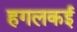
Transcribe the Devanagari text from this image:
हगलकई